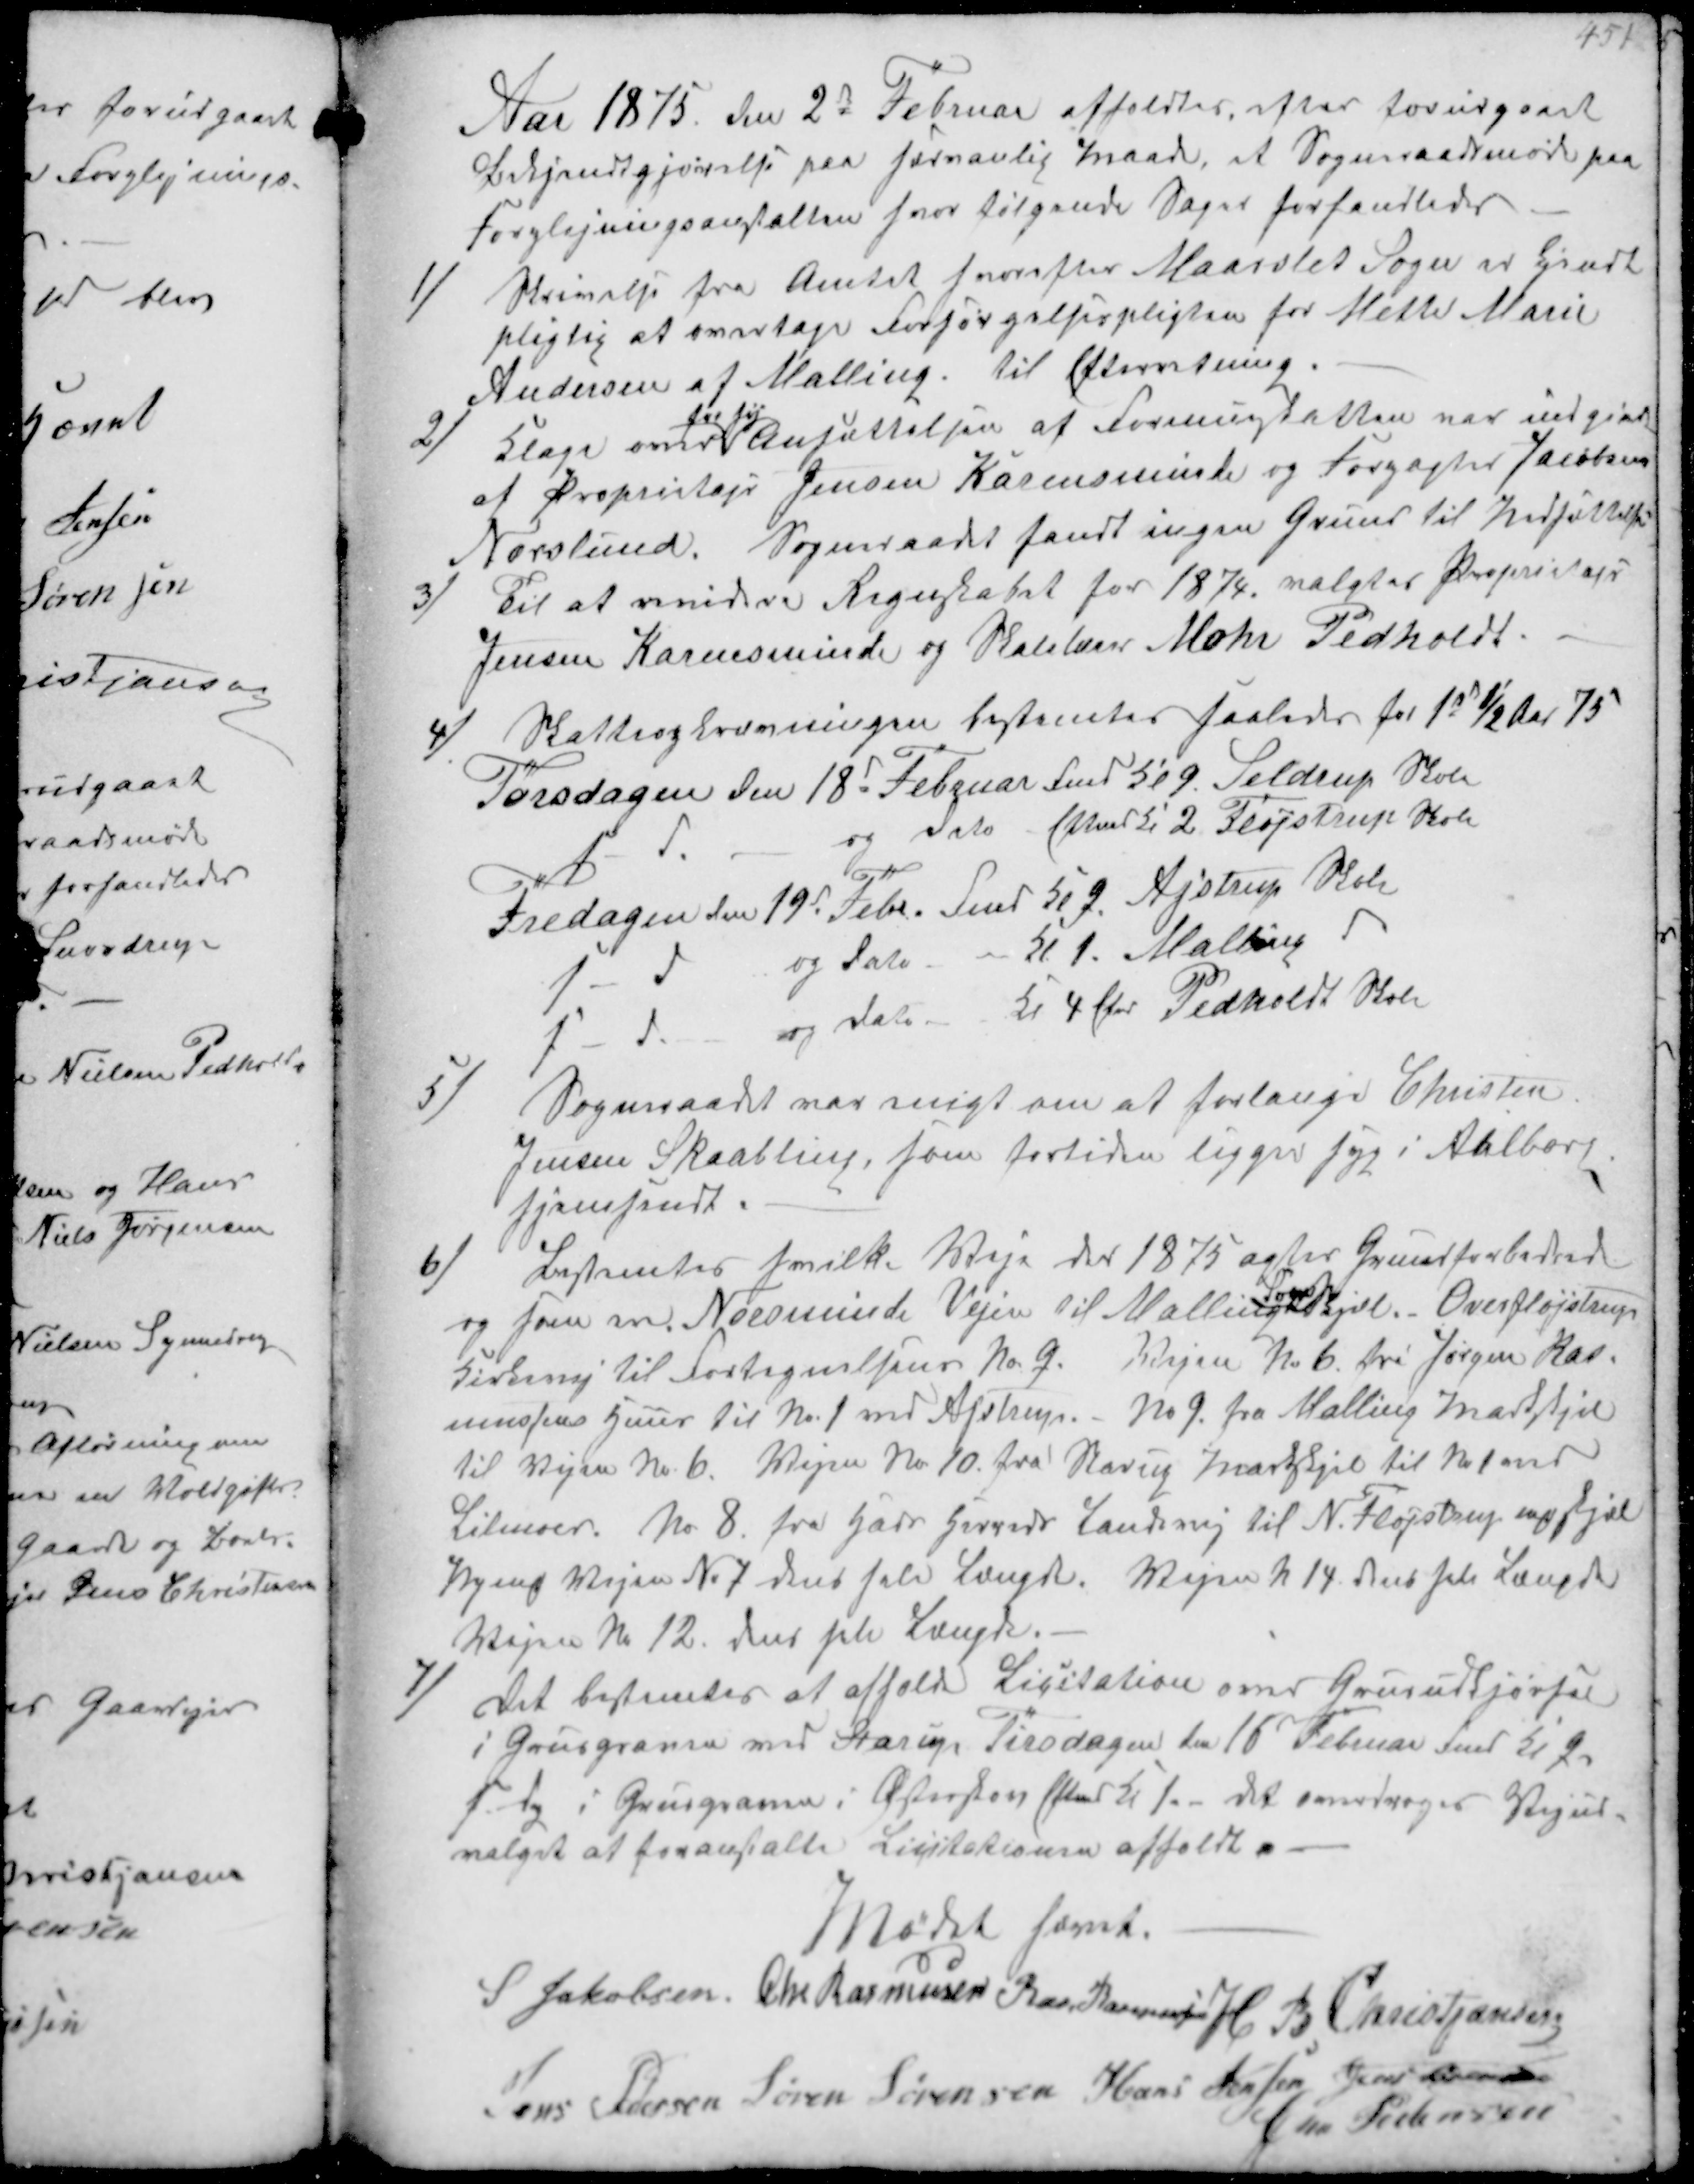
Transskription:
Aar 1875 den 2d Februar afholdtes efter forudgaaet
Bekjendtgjørelse paa sædvalig Maade, at Sogneraadsmøde paa
Forplejningsanstalten hvor følgende Sager forhandledes

1/
Skrivelse fra Amtet hvorefter Maarslet Sogn er gjort
pligtig at overtage forsørgelsespligten for Mette Marie
Andersen af Malling til Efterretning

2/
Klage over
for høj
Ansættelsen af Formueskatten var indgivet
af Proprietæjr Jensen Karensminde og Forpagter Jacobsen
Norslund.
Sogneraadet fandt ingen Grund til Nedsættelse

3/
Til at revidere Regnskabet for 1874 valgtes Proprietæjr
Jensen Karensminde og Skolelærer Mohr Pedholdt.

4/
Skatteopkrævningen bestemtes saaledes for 1st ½ Aar 75
Torsdagen den 18d Februar Fmd Kl 9 Seldrup Skole
s D og Dato Eftmd Kl 2 Fløjstrup Skole
Fredagen den 19d Febr. Fmd Kl 9 Ajstrup Skole
s D og Dato Kl 1 Malling d
s D og dato Kl 4 Efmd Pedkoldt Skole

5/
Sogneraadet har søgt om at forlange Christen
Jensen Skaabling, som fortiden ligger syg i Aalborg
hjemsendt

6/
  Veje der 1875 agtes Grundforbedrede
og fører over Norsminde Vejen til Malling
Sogns
Skjel. Overfløjstrup
Kirkevej til Fortegnelsens No 9. Vejen N 6 fra Jørgen Ras-
musens Huus til Nr. 1 ved Ajstrup. - No 9 fra Malling Markskjel
til Vejen Nr. 6. Vejen No 10 fra  Markskjel til No 1 ved
Lilenoer. Nr 8 fra Gard  Landevej til N. Fløjstrup ₻skjel
Kysing Vejen N 7 dets halve Længde. Vejen N 14 dets hele Længde
Vejen No 12 dets hele Længde.

7/
Det bestemtes at afholde Licitation over Grusudkjørsel
i Grusgraven ved Starup Tirsdagen den 16 Februar Fmd Kl 9
s Dg i Grusgraven i Østerskov Eftmd Kl 1 det overdroges Vejud-
valget at foransalte Licitationen afholdt

Mødet hævet
S Jakobsen Chr Rasmussen Ras Rasmussen H B Christjansen
Jens Pedersen Søren Sørensen Hans Jensen Jens Sørensen
Jens Pedersen